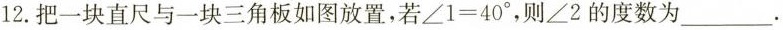
12.把一块直尺与一块三角板如图放置，若$$\angle 1=40^{\circ}$$，则\angle 2的度数为___.